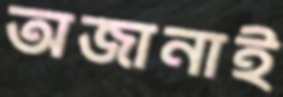
অজানাই